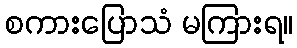
စကားပြောသံ မကြားရ။